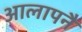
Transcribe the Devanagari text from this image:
आलापनै